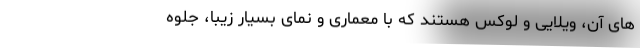
های آن، ویلایی و لوکس هستند که با معماری و نمای بسیار زیبا، جلوه